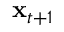
{ \bf x } _ { t + 1 }